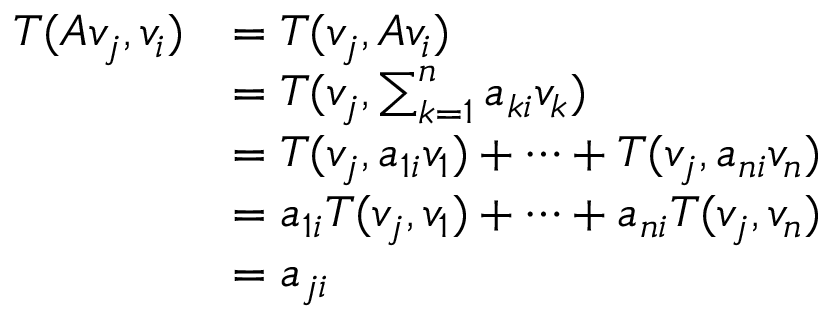
\begin{array} { r l } { T ( A v _ { j } , v _ { i } ) } & { = T ( v _ { j } , A v _ { i } ) } \\ & { = T ( v _ { j } , \sum _ { k = 1 } ^ { n } a _ { k i } v _ { k } ) } \\ & { = T ( v _ { j } , a _ { 1 i } v _ { 1 } ) + \dots + T ( v _ { j } , a _ { n i } v _ { n } ) } \\ & { = a _ { 1 i } T ( v _ { j } , v _ { 1 } ) + \dots + a _ { n i } T ( v _ { j } , v _ { n } ) } \\ & { = a _ { j i } } \end{array}